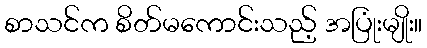
စာသင်က စိတ်မကောင်းသည့် အပြုံးမျိုး။